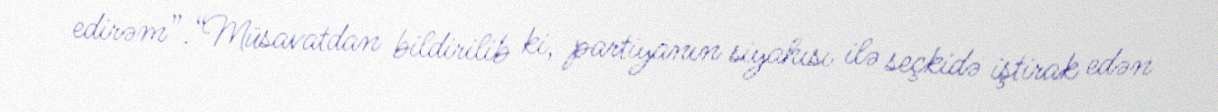
edirəm”.“Müsavatdan bildirilib ki, partiyanın siyahısı ilə seçkidə iştirak edən